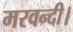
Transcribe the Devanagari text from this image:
मरवन्दी।